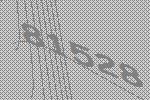
81528